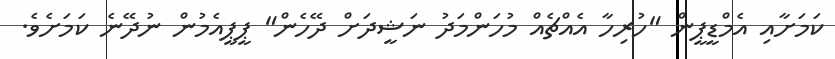
ކަމަށާއި އެމްޑީޕީން "ހުރިހާ އެއްޗެއް މުހަންމަދު ނަޝީދަށް ދޭހެން" ޕީޕީއެމުން ނުދޭނެ ކަމަށެވެ.